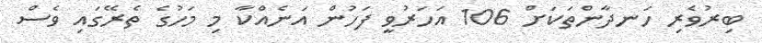
ބިރުވެރި ހަނދާންތަކަށް 106 އަހަރުވީ ފަހުން އަނެއްކާ މި މަހުގެ ތެރޭގައި ވެސް